Civil Veterinary Department Bihar reports 1936-40 - 1936-1940
Year: 1936
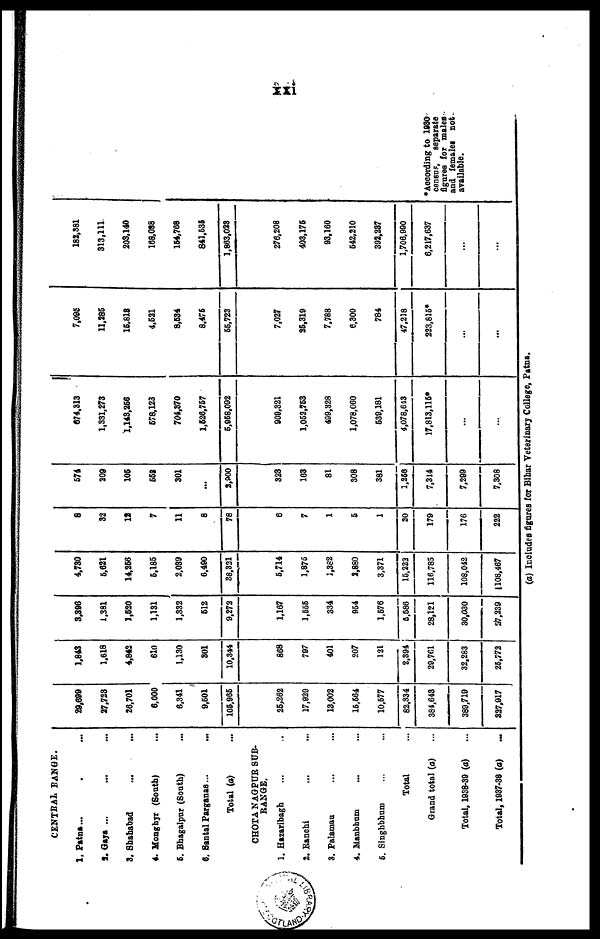
xxi
CENTRAL RANGE.
1. Patna... . ...
2. Gaya ... ... ...
3. Shahabad ... ...
4. Monghyr (South) ...
5. Bhagalpur (South) ...
6. Santal Parganas ...
Total (a) ...
CHOTA NAGPUR SUB
RANGE.
1. Hazaribagh ... ...
2. Ranchi ... ...
3. Palaman ... ...
4. Manbhum ... ...
5. Singhbhum ... ...
Total ...
Grand total (a) ...
Total, 1038-30 (a) ...
Total, 1037-38 (a) ...
29,699
27,723
26,701
6,000
6,341
9,501
105,965
25,262
17,929
13,002
15,564
10,577
82,334
384,643
389,719
327,917
1,843
1,618
4,842
610
1,130
301
10,344
868
797
401
207
121
2,394
29,761
32,283
25,772
3,396
1,381
1,520
1,131
1,332
512
9,272
1,167
1,555
334
954
1,576
5,586
28,121
30,030
27,239
4,730
5,621
14,256
5,185
2,039
6,490
38,321
5,714
1,875
1,382
2,880
3,371
15,222
116,785
108,042
108,467
8
32
12
7
11
8
78
6
7
1
5
1
20
179
176
222
574
209
105
552
301
...
2,900
323
163
81
308
381
1,256
7,314
7,299
7,308
674,313
1,331,273
1,143,256
678,123
704,370
1,626,757
6,968,092
909,321
1,052,753
409,328
1,078,060
639,181
4,078,643
17,813,115*
...
...
7,095
11,285
15,818
4,621
8,634
8,475
55,723
7,027
25,319
7,788
6,300
784
47,218
223,816*
...
...
182,381
313,111
203,140
168,088
164,768
841,536
1,863,023
276,208
403,175
93,160
542,210
392,237
1,706,990
6,217,637
...
...
♦According to 1930
census, separate
figures for males
and females not
available.
(a) Includes figures for Bihar Veterinary College, Patna.